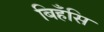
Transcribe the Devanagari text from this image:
बिहँसि